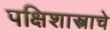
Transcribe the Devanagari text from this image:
पक्षिशास्त्राचे